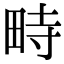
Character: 畤